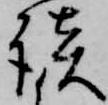
談